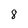
Character: 8